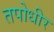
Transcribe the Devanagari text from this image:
तपोधीर